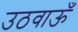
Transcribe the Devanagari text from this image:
उठवाऊँ